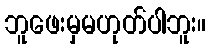
ဘူဖေးမှမဟုတ်ပါဘူး။